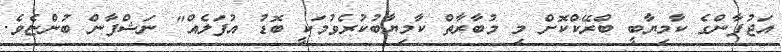
އަޖުފާންގެ ކާމިޔާބީ ބްރޭކްކޮށް މި މުބާރާތް ކާމިޔާބުކުރެވުމަކީ ބޮޑު އުފަލެއް" ނަޝްފާން ބުންޏެވެ.